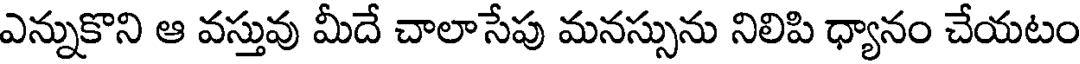
ఎన్నుకొని ఆ వస్తువు మీదే చాలాసేపు మనస్సును నిలిపి ధ్యానం చేయటం